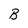
Character: B